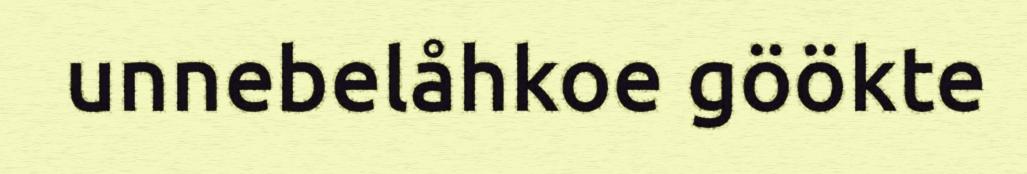
unnebelåhkoe göökte